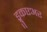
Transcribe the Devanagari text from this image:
ड्रुकएअर